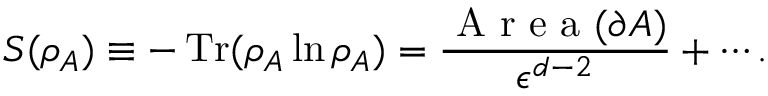
S ( \rho _ { A } ) \equiv - \operatorname { T r } ( \rho _ { A } \ln { \rho _ { A } } ) = \frac { \mathrm { ~ A ~ r ~ e ~ a ~ } ( \partial A ) } { \epsilon ^ { d - 2 } } + \cdots .